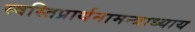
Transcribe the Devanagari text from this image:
स्वस्तिप्रार्थनामन्त्राध्याय